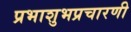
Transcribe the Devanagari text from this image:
प्रभाशुभप्रचारणी